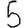
Digit: 5